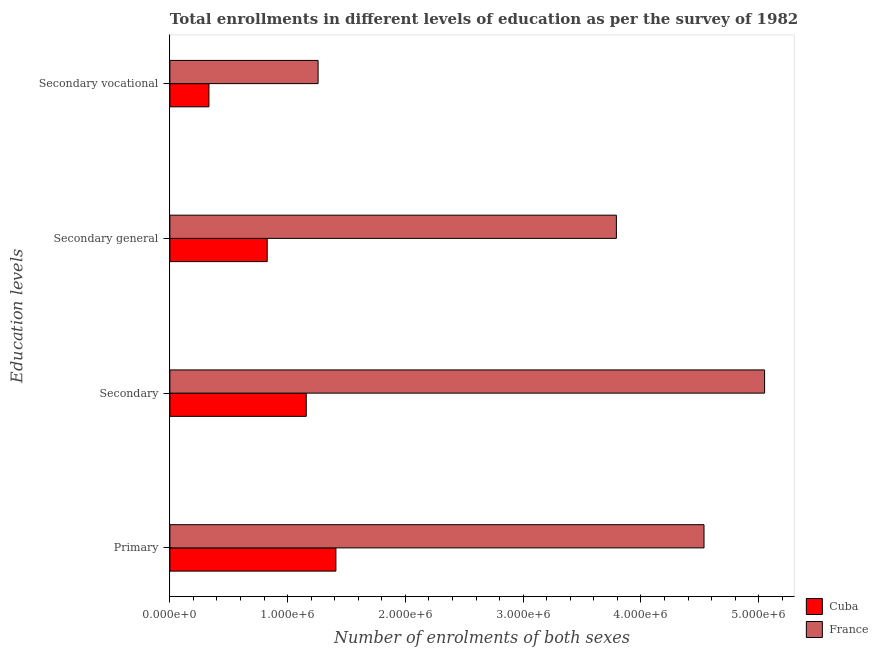
| Education levels | Cuba | France |
 | --- | --- | --- |
 | Primary | 1.41e+06 | 4.54e+06 |
 | Secondary | 1.16e+06 | 5.05e+06 |
 | Secondary general | 8.26e+05 | 3.79e+06 |
 | Secondary vocational | 3.32e+05 | 1.26e+06 |